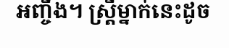
អញ្ចឹង។ ស្ត្រីម្នាក់នេះដូច